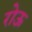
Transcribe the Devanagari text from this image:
रोऊ